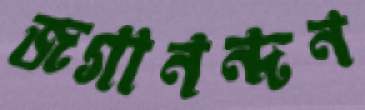
জগানন্দন